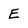
Character: E